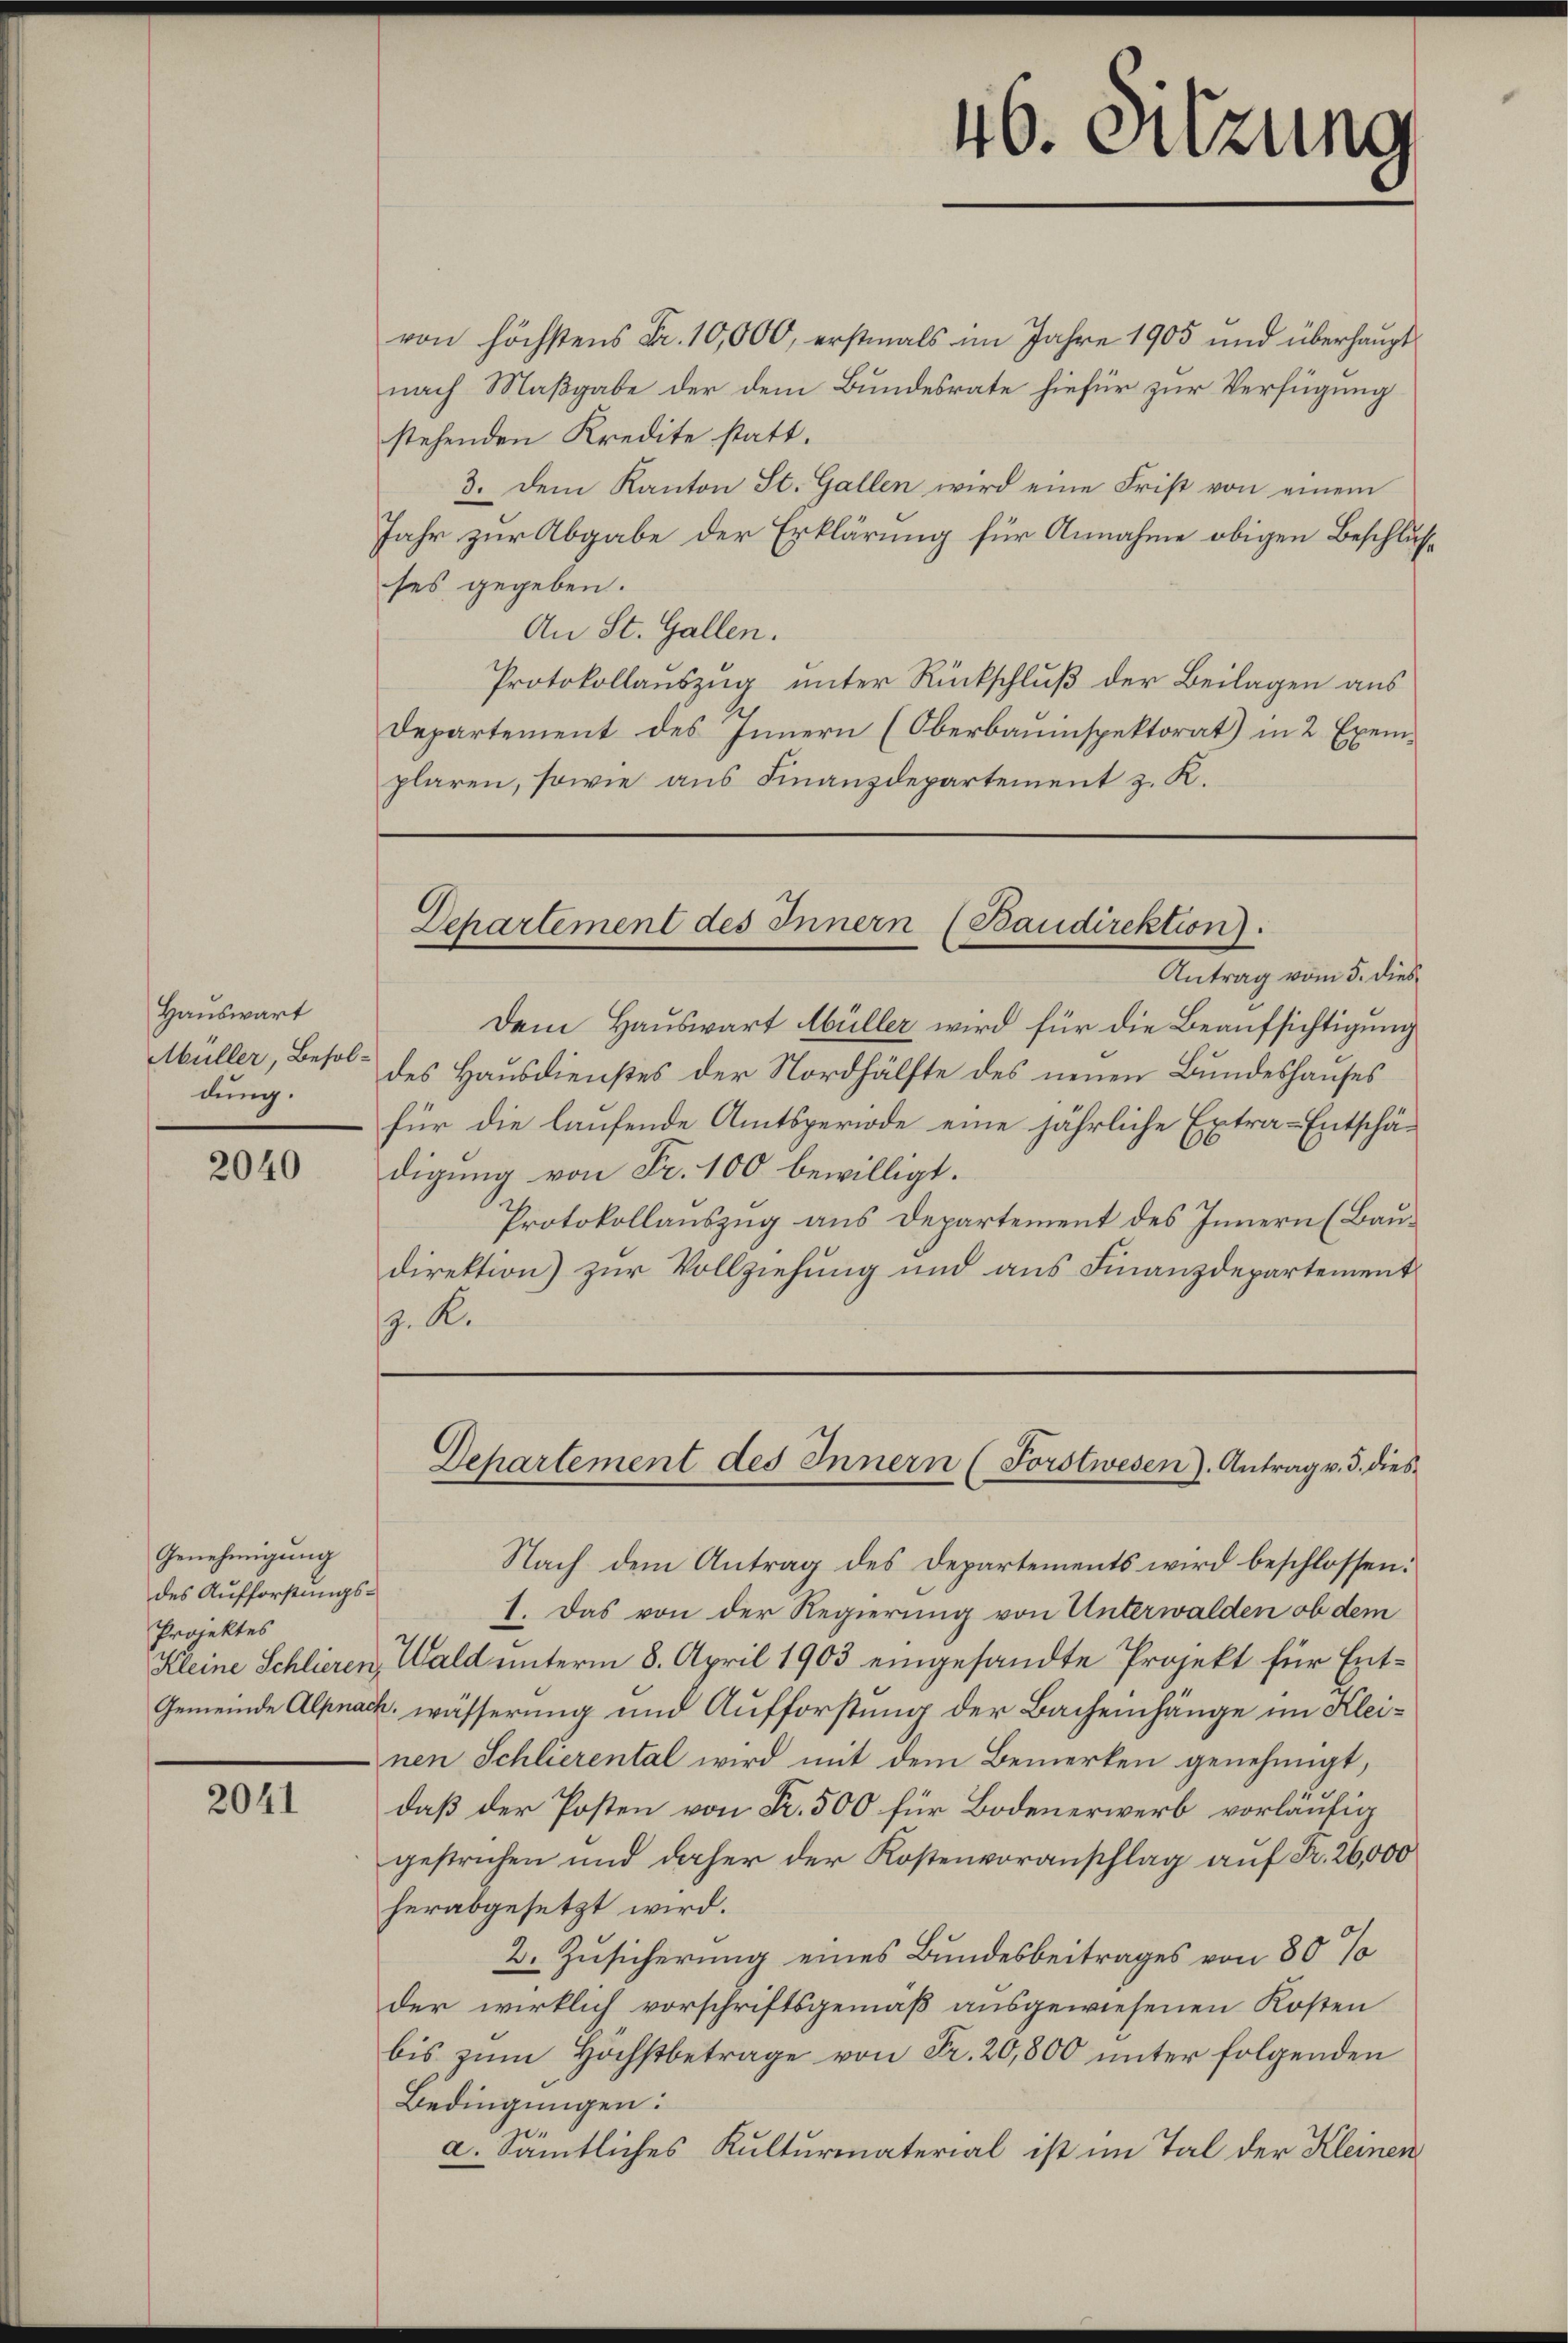
Hauswart
Müller, Besoldung.

2040

Genehmigung
des Aufforstungs¬
Projektes

2041

46. Sitzung

von höchstens Fr. 10,000, erstmals im Jahre 1905 und überhauptnach Maßgabe der dem Bundesrate hiefür zur Verfügung
stehenden Kredite statt.
3. Dem Kanton St. Gallen wird eine Frist von einem
Jahr zur Abgabe der Erklärung für Annahme obigen Beschlusses gegeben.
An St. Gallen.
Protokollauszug unter Rückschluß der Beilagen aus
Departement des Innern (Oberbauinspektorat) in 2 Exemplaren, sowie aus Finanzdepartement z. K.

Departement des Innern (Baudirektion).
Antrag von de die

Dem Hauswart Müller wird für die Beaufsichtigung
des Hausdienstes der Nordhälfte des neuen Bundeshauses
für die laufende Amtsperiode eine jährliche Extra-Entschädigung von Fr. 100 bewilligt.
Protokollauszug aus Departement des Innern (Baudirektion) zur Vollziehung und aus Finanzdepartement
z. R.

Nach dem Antrag des Departements wird beschlossen:
1. Das von der Regierung von Unterwalden ob dem
Kleine Schlieren, Wald unterm 8. April 1903 eingesandte Projekt für Ent¬
Gemeinde Alpnach wässerung und Aufforstung der Bacheinhänge im Kleinen Schlierental wird mit dem Bemerken genehmigt,
daß der Posten von Fr. 500 für Bodenerwerb vorläufig
gestrichen und daher der Kostenvoranschlag auf Fr. 26,000
herabgesetzt wird.
2. Zusicherung eines Bundesbeitrages von 80%
der wirklich vorschriftsgemäß ausgewiesenen Kosten
bis zŭm Höchstbetrage von Fr. 20,800 unter folgenden
Bedingungen:
a. Sämtliches Kulturmaterial ist im Tal der Kleinen

Departement des Innern (Forstwesen. Antrag v. 3. dies